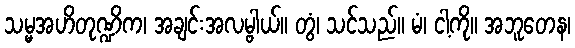
သမ္မအဟိတုဏ္ဍိက၊ အချင်းအလမ္ဗါယ်။ တွံ၊ သင်သည်။ မံ၊ ငါ့ကို။ အဘူတေန၊